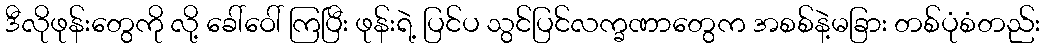
ဒီလိုဖုန်းတွေကို လို့ ခေါ်ဝေါ် ကြပြီး ဖုန်းရဲ့ ပြင်ပ သွင်ပြင်လက္ခဏာတွေက အစစ်နဲ့မခြား တစ်ပုံစံတည်း